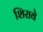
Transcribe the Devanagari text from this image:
शिरावे